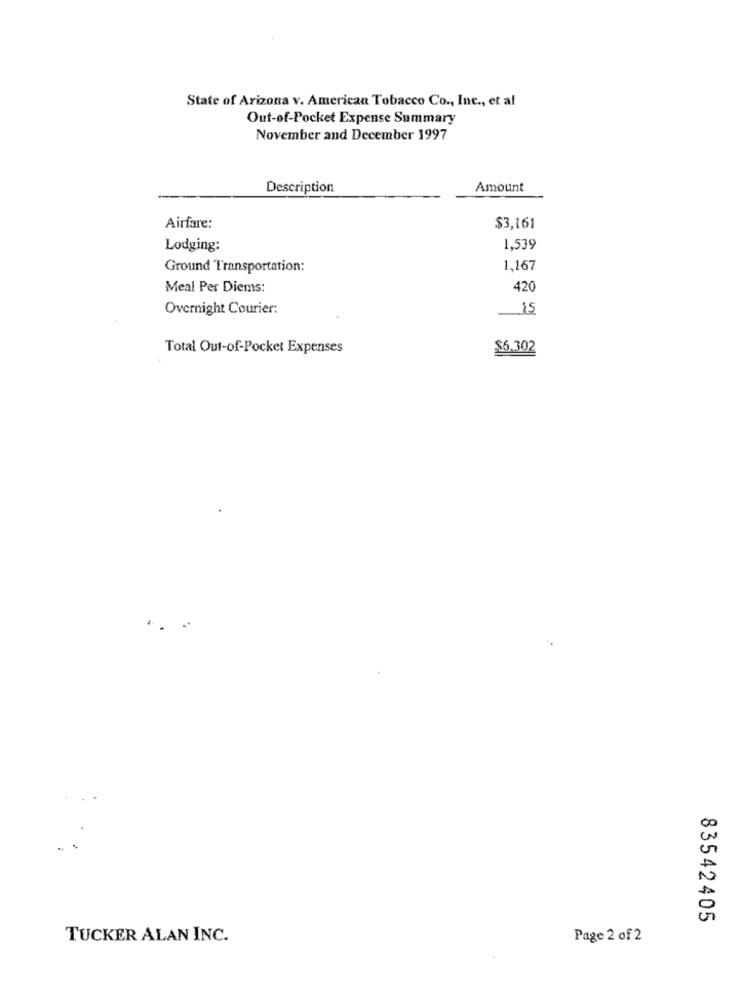
State of Arizona v. American Tobacco Co ., Inc ., et al
Out-of-Pocket Expense Summary
November and December 1997
Description
Amount
Airfare:
$3,161
Lodging:
1,539
Ground Transportation:
1,167
Meal Per Diems:
420
Overnight Courier:
15
Total Out-of-Pocket Expenses
$6,302
83542405
TUCKER ALAN INC.
Page 2 of 2